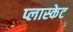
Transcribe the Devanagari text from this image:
प्लास्केट